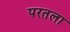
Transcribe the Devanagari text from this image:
परतला